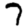
Digit: 7